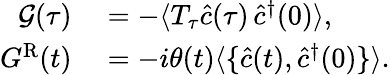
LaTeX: \begin{array}{rl}{\mathcal{G}(\tau)}&{{}=-\langle T_{\tau}\hat{c}(\tau)\, \hat{c}^{\dagger}(0)\rangle,}\\ {G^{\mathrm{R}}(t)}&{{}=-i\theta(t)\langle\{ \hat{c}(t),\hat{c}^{\dagger}(0)\} \rangle.}\end{array}